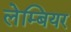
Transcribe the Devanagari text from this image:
लेम्बियर